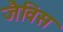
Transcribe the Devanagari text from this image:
जैविस